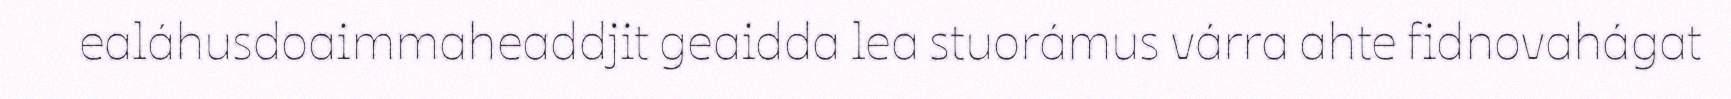
ealáhusdoaimmaheaddjit geaidda lea stuorámus várra ahte fidnovahágat